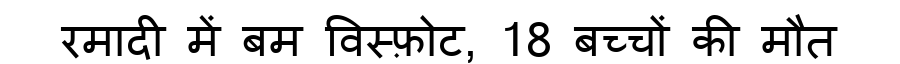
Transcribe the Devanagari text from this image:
रमादी में बम विस्फ़ोट, 18 बच्चों की मौत